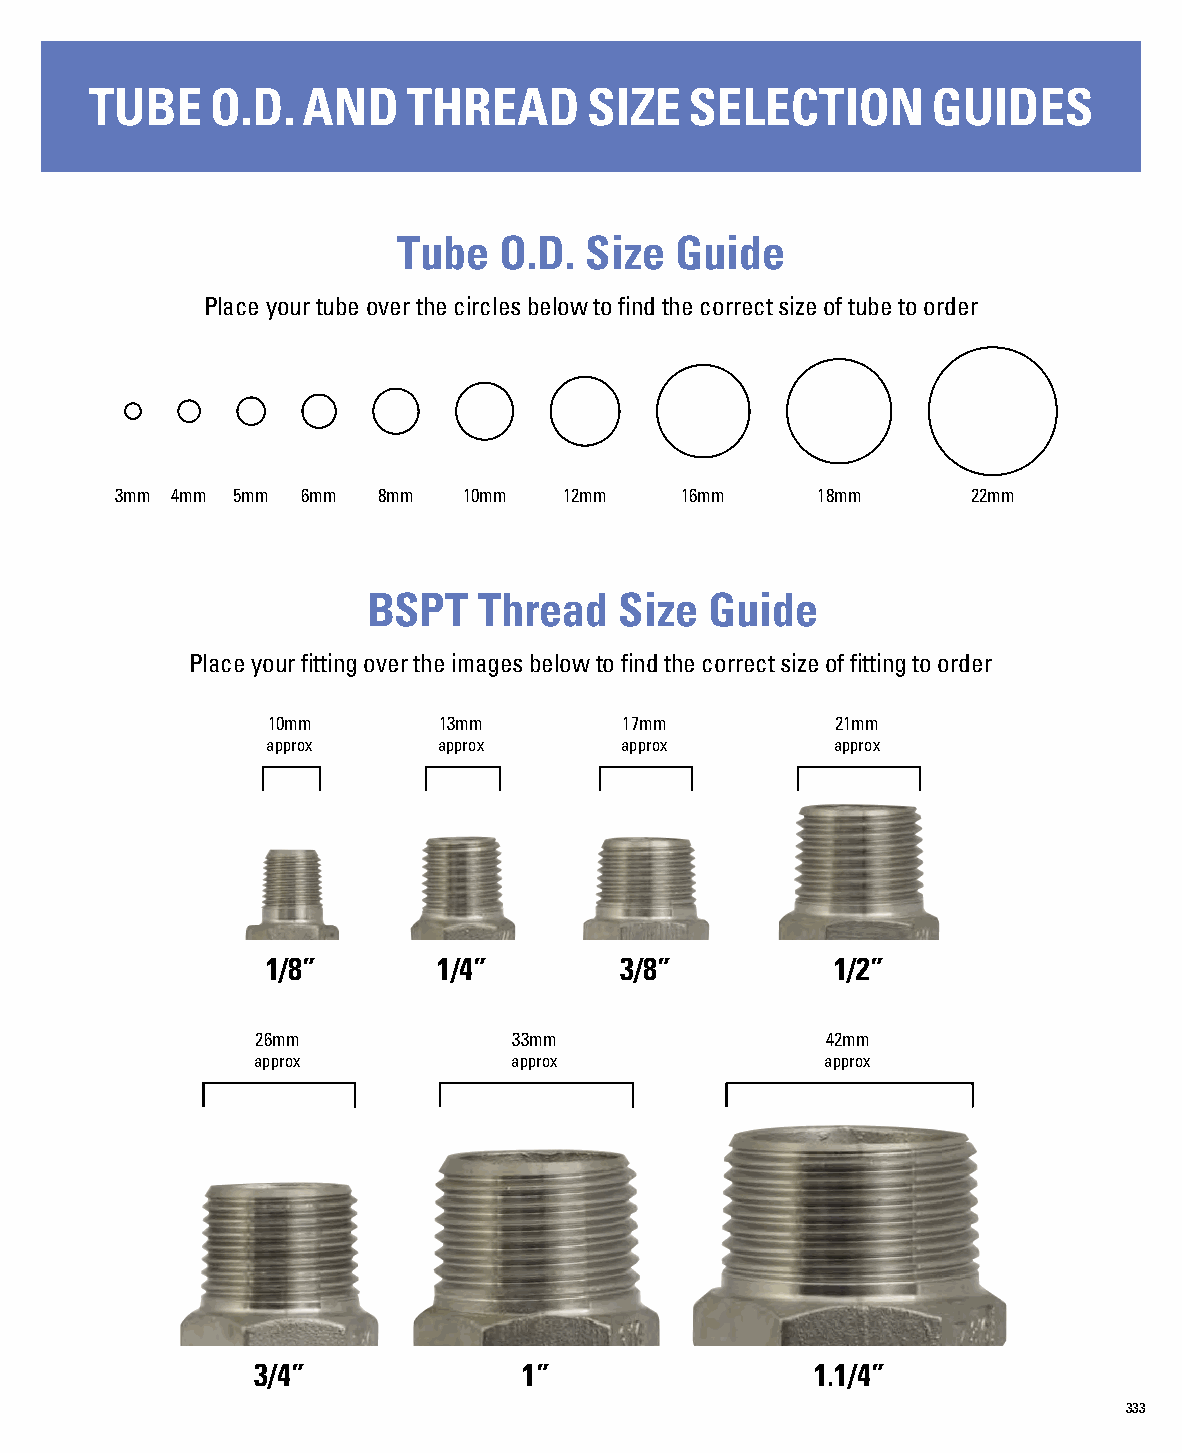
TUBE    O.D.  AND    THREAD      SIZE   SELECTION       GUIDES
 Tube   O.D.  Size  Guide
 Place your tube over the circles below to find the correct size of tube to order
 3mm 4mm 5mm 6mm  8mm   10mm  12mm    16mm     18mm      22mm
 BSPT    Thread   Size  Guide
 Place your fitting over the images below to find the correct size of fitting to order
 10mm       13mm        17mm          21mm
 approx     approx      approx        approx
 1/8”       1/4”        3/8”          1/2”
 26mm             33mm                 42mm
 approx           approx               approx
 3/4”              1”                 1.1/4”
 333